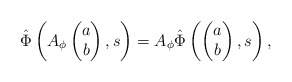
\begin{align*}\hat \Phi \left(A_\phi \begin{pmatrix}a\\ b\end{pmatrix}, s\right) = A_\phi \hat \Phi\left(\begin{pmatrix} a\\b \end{pmatrix}, s\right),\end{align*}